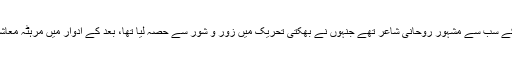
تکارام (1608ء – 1650ء) وارکری فرقے کے سب سے مشہور روحانی شاعر تھے جنہوں نے بھکتی تحریک میں زور و شور سے حصہ لیا تھا، بعد کے ادوار میں مرہٹہ معاشرے پر ان کے گہرے اثرات دکھائی دیتے ہیں۔